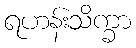
ရဟန်းသိက္ခာ